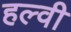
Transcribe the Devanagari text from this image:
हल्वी